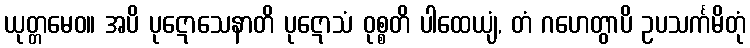
ယုတ္တမေဝ။ အပိ ပုဋောသေနာတိ ပုဋောသံ ဝုစ္စတိ ပါထေယျံ, တံ ဂဟေတွာပိ ဥပသင်္ကမိတုံ